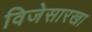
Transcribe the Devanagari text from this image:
विजेसारखा